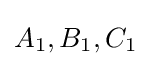
A_{1},B_{1},C_{1}